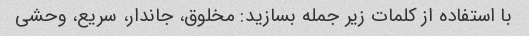
با استفاده از کلمات زیر جمله بسازید: مخلوق، جاندار، سریع، وحشی